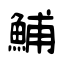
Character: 鯆